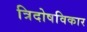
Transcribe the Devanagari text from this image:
त्रिदोषविकार